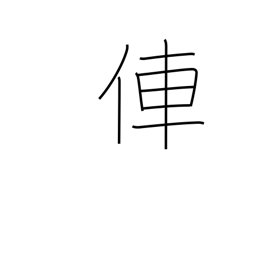
Meaning: rickshaw